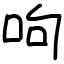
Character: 呴